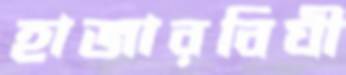
হাজারবিঘী